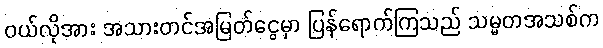
၀ယ်လိုအား အသားတင်အမြတ်ငွေမှာ ပြန်ရောက်ကြသည် သမ္မတအသစ်က